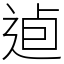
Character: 逌